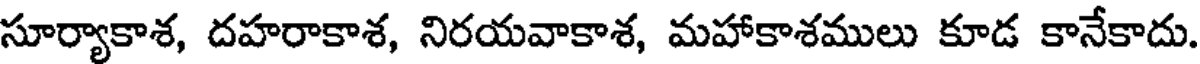
సూర్యాకాశ, దహరాకాశ, నిరయవాకాశ, మహాకాశములు కూడ కానేకాదు.